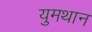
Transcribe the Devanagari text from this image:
युमथान